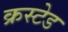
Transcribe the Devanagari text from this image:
क्रस्टेड